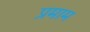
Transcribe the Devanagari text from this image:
प्रमाम